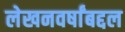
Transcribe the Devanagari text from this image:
लेखनवर्षांबद्दल